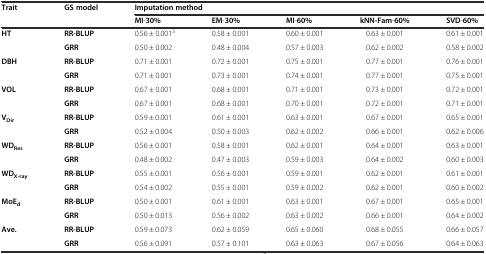
<table><thead><tr><td rowspan="2"><b>Trait</b></td><td rowspan="2"><b>GS model</b></td><td colspan="5"><b>Imputation method</b></td></tr><tr><td><b>MI-30%</b></td><td><b>EM-30%</b></td><td><b>MI-60%</b></td><td><b>kNN-Fam-60%</b></td><td><b>SVD-60%</b></td></tr></thead><tbody><tr><td rowspan="2"><b>HT</b></td><td><b>RR-BLUP</b></td><td>0.56 ± 0.001<sup>3</sup></td><td>0.58 ± 0.001</td><td>0.60 ± 0.001</td><td>0.63 ± 0.001</td><td>0.61 ± 0.001</td></tr><tr><td><b>GRR</b></td><td>0.50 ± 0.002</td><td>0.48 ± 0.004</td><td>0.57 ± 0.003</td><td>0.62 ± 0.002</td><td>0.58 ± 0.002</td></tr><tr><td rowspan="2"><b>DBH</b></td><td><b>RR-BLUP</b></td><td>0.71 ± 0.001</td><td>0.72 ± 0.001</td><td>0.75 ± 0.001</td><td>0.77 ± 0.001</td><td>0.76 ± 0.001</td></tr><tr><td><b>GRR</b></td><td>0.71 ± 0.001</td><td>0.73 ± 0.001</td><td>0.74 ± 0.001</td><td>0.77 ± 0.001</td><td>0.75 ± 0.001</td></tr><tr><td rowspan="2"><b>VOL</b></td><td><b>RR-BLUP</b></td><td>0.67 ± 0.001</td><td>0.68 ± 0.001</td><td>0.71 ± 0.001</td><td>0.73 ± 0.001</td><td>0.72 ± 0.001</td></tr><tr><td><b>GRR</b></td><td>0.67 ± 0.001</td><td>0.68 ± 0.001</td><td>0.70 ± 0.001</td><td>0.72 ± 0.001</td><td>0.71 ± 0.001</td></tr><tr><td rowspan="2"><b>V</b><sub><b>Dir</b></sub></td><td><b>RR-BLUP</b></td><td>0.59 ± 0.001</td><td>0.61 ± 0.001</td><td>0.63 ± 0.001</td><td>0.67 ± 0.001</td><td>0.65 ± 0.001</td></tr><tr><td><b>GRR</b></td><td>0.52 ± 0.004</td><td>0.50 ± 0.003</td><td>0.62 ± 0.002</td><td>0.66 ± 0.001</td><td>0.62 ± 0.006</td></tr><tr><td rowspan="2"><b>WD</b><sub><b>Res</b></sub></td><td><b>RR-BLUP</b></td><td>0.56 ± 0.001</td><td>0.58 ± 0.001</td><td>0.62 ± 0.001</td><td>0.64 ± 0.001</td><td>0.63 ± 0.001</td></tr><tr><td><b>GRR</b></td><td>0.48 ± 0.002</td><td>0.47 ± 0.003</td><td>0.59 ± 0.003</td><td>0.64 ± 0.002</td><td>0.60 ± 0.003</td></tr><tr><td rowspan="2"><b>WD</b><sub><b>X-ray</b></sub></td><td><b>RR-BLUP</b></td><td>0.55 ± 0.001</td><td>0.56 ± 0.001</td><td>0.59 ± 0.001</td><td>0.62 ± 0.001</td><td>0.61 ± 0.001</td></tr><tr><td><b>GRR</b></td><td>0.54 ± 0.002</td><td>0.55 ± 0.001</td><td>0.59 ± 0.002</td><td>0.62 ± 0.001</td><td>0.60 ± 0.002</td></tr><tr><td rowspan="2"><b>MoE</b><sub><b>d</b></sub></td><td><b>RR-BLUP</b></td><td>0.50 ± 0.001</td><td>0.61 ± 0.001</td><td>0.63 ± 0.001</td><td>0.67 ± 0.001</td><td>0.65 ± 0.001</td></tr><tr><td><b>GRR</b></td><td>0.50 ± 0.013</td><td>0.56 ± 0.002</td><td>0.63 ± 0.002</td><td>0.66 ± 0.001</td><td>0.64 ± 0.002</td></tr><tr><td rowspan="2"><b>Ave.</b></td><td><b>RR-BLUP</b></td><td>0.59 ± 0.073</td><td>0.62 ± 0.059</td><td>0.65 ± 0.060</td><td>0.68 ± 0.055</td><td>0.66 ± 0.057</td></tr><tr><td><b>GRR</b></td><td>0.56 ± 0.091</td><td>0.57 ± 0.101</td><td>0.63 ± 0.063</td><td>0.67 ± 0.056</td><td>0.64 ± 0.063</td></tr></tbody></table>